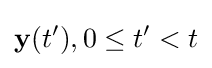
{\mathbf {y} }(t'),0\leq t'<t